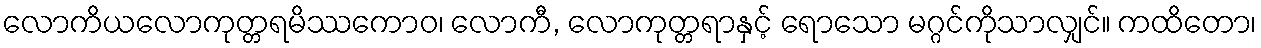
လောကိယလောကုတ္တရမိဿကောဝ၊ လောကီ, လောကုတ္တရာနှင့် ရောသော မဂ္ဂင်ကိုသာလျှင်။ ကထိတော၊